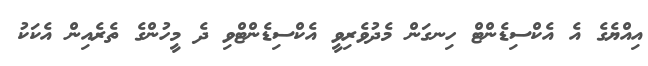
އިއްޔެގެ އެ އެކްސިޑެންޓް ހިނގަން މެދުވެރިވީ އެކްސިޑެންޓްވި ދެ މީހުންގެ ތެރެއިން އެކަކު